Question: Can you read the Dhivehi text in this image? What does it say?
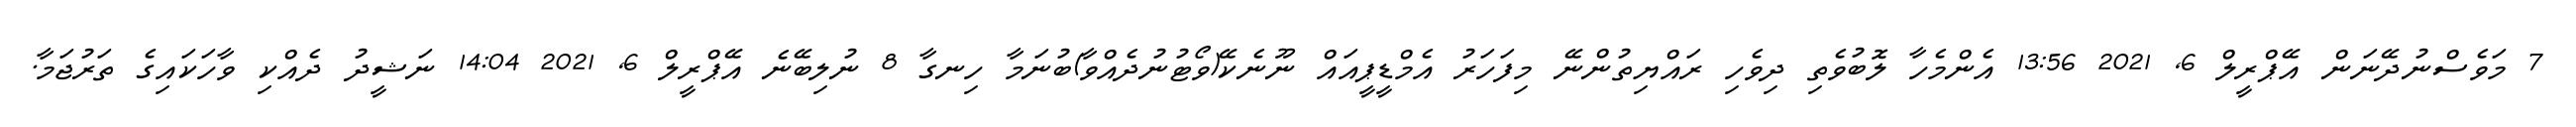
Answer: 7 މަވެސްނުދޭނަން އޭޕްރީލް 6, 2021 13:56 އެންމެހާ ލޮބުވެތި ދިވެހި ރައްޔިތުންނޭ މިފަހަރު އެމްޑީޕީއައް ނޫނެކޭ(ވޯޓުނުދެއްވާ)ބުނަމާ ހިނގާ 8 ނުލިބޭނެ އޭޕްރީލް 6, 2021 14:04 ނަޝީދު ދެއްކި ވާހަކައިގެ ތަރުޖަމާ.